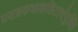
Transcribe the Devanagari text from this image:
प्रसन्नकथाकलितार्थयुक्ति